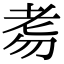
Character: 𦒸